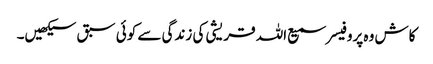
کاش وہ پروفیسر سمیع اللہ قریشی کی زندگی سے کوئی سبق سیکھیں۔